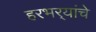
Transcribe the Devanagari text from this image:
हरभर्‍यांचे